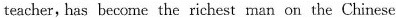
teacher, has become the richest man on the Chinese